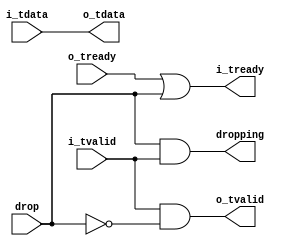
//
// Copyright 2013 Ettus Research LLC
// Copyright 2018 Ettus Research, a National Instruments Company
//
// SPDX-License-Identifier: LGPL-3.0-or-later
//


module pcie_lossy_samp_gate
(
   input [63:0]   i_tdata,
   input          i_tvalid,
   output         i_tready,
   
   output [63:0]  o_tdata,
   output         o_tvalid,
   input          o_tready,
   
   input          drop,
   output         dropping
);

   assign o_tdata    = i_tdata;
   assign o_tvalid   = i_tvalid & ~drop;
   assign i_tready   = o_tready | drop;
   
   assign dropping   = drop & i_tvalid;
   
endmodule // pcie_lossy_samp_gate